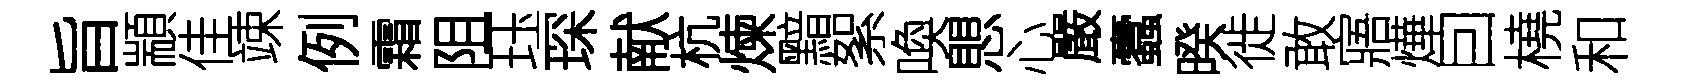
旨顓佳竦例霜阻珏琛献杭煉黯絮喚愳心嚴蠧暌徙敢寤燁囙橈和